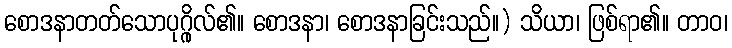
စောဒနာတတ်သောပုဂ္ဂိုလ်၏။ စောဒနာ၊ စောဒနာခြင်းသည်။) သိယာ၊ ဖြစ်ရာ၏။ တာဝ၊